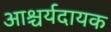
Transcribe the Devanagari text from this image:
आश्चर्यदायक